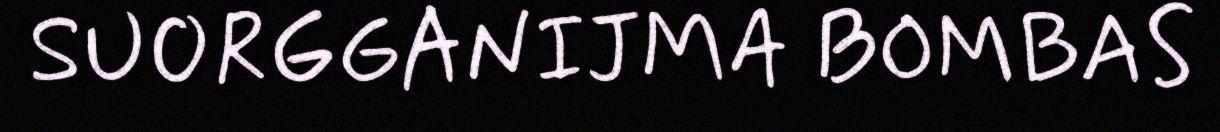
SUORGGANIJMA BOMBAS